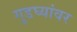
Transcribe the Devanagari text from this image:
गुडघ्यांवर